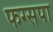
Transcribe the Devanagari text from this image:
फग्सपा